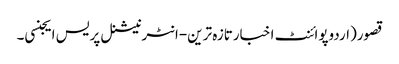
قصور(اردوپوائنٹ اخبارتازہ ترین-انٹرنیشنل پریس ایجنسی۔